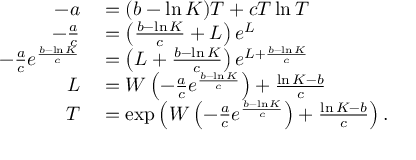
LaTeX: \begin{array} { r l } { - a } & { { } = ( b - \ln K ) T + c T \ln T } \\ { - { \frac { a } { c } } } & { { } = \left( { \frac { b - \ln K } { c } } + L \right) e ^ { L } } \\ { - { \frac { a } { c } } e ^ { \frac { b - \ln K } { c } } } & { { } = \left( L + { \frac { b - \ln K } { c } } \right) e ^ { L + { \frac { b - \ln K } { c } } } } \\ { L } & { { } = W \left( - { \frac { a } { c } } e ^ { \frac { b - \ln K } { c } } \right) + { \frac { \ln K - b } { c } } } \\ { T } & { { } = \exp \left( W \left( - { \frac { a } { c } } e ^ { \frac { b - \ln K } { c } } \right) + { \frac { \ln K - b } { c } } \right) . } \end{array}